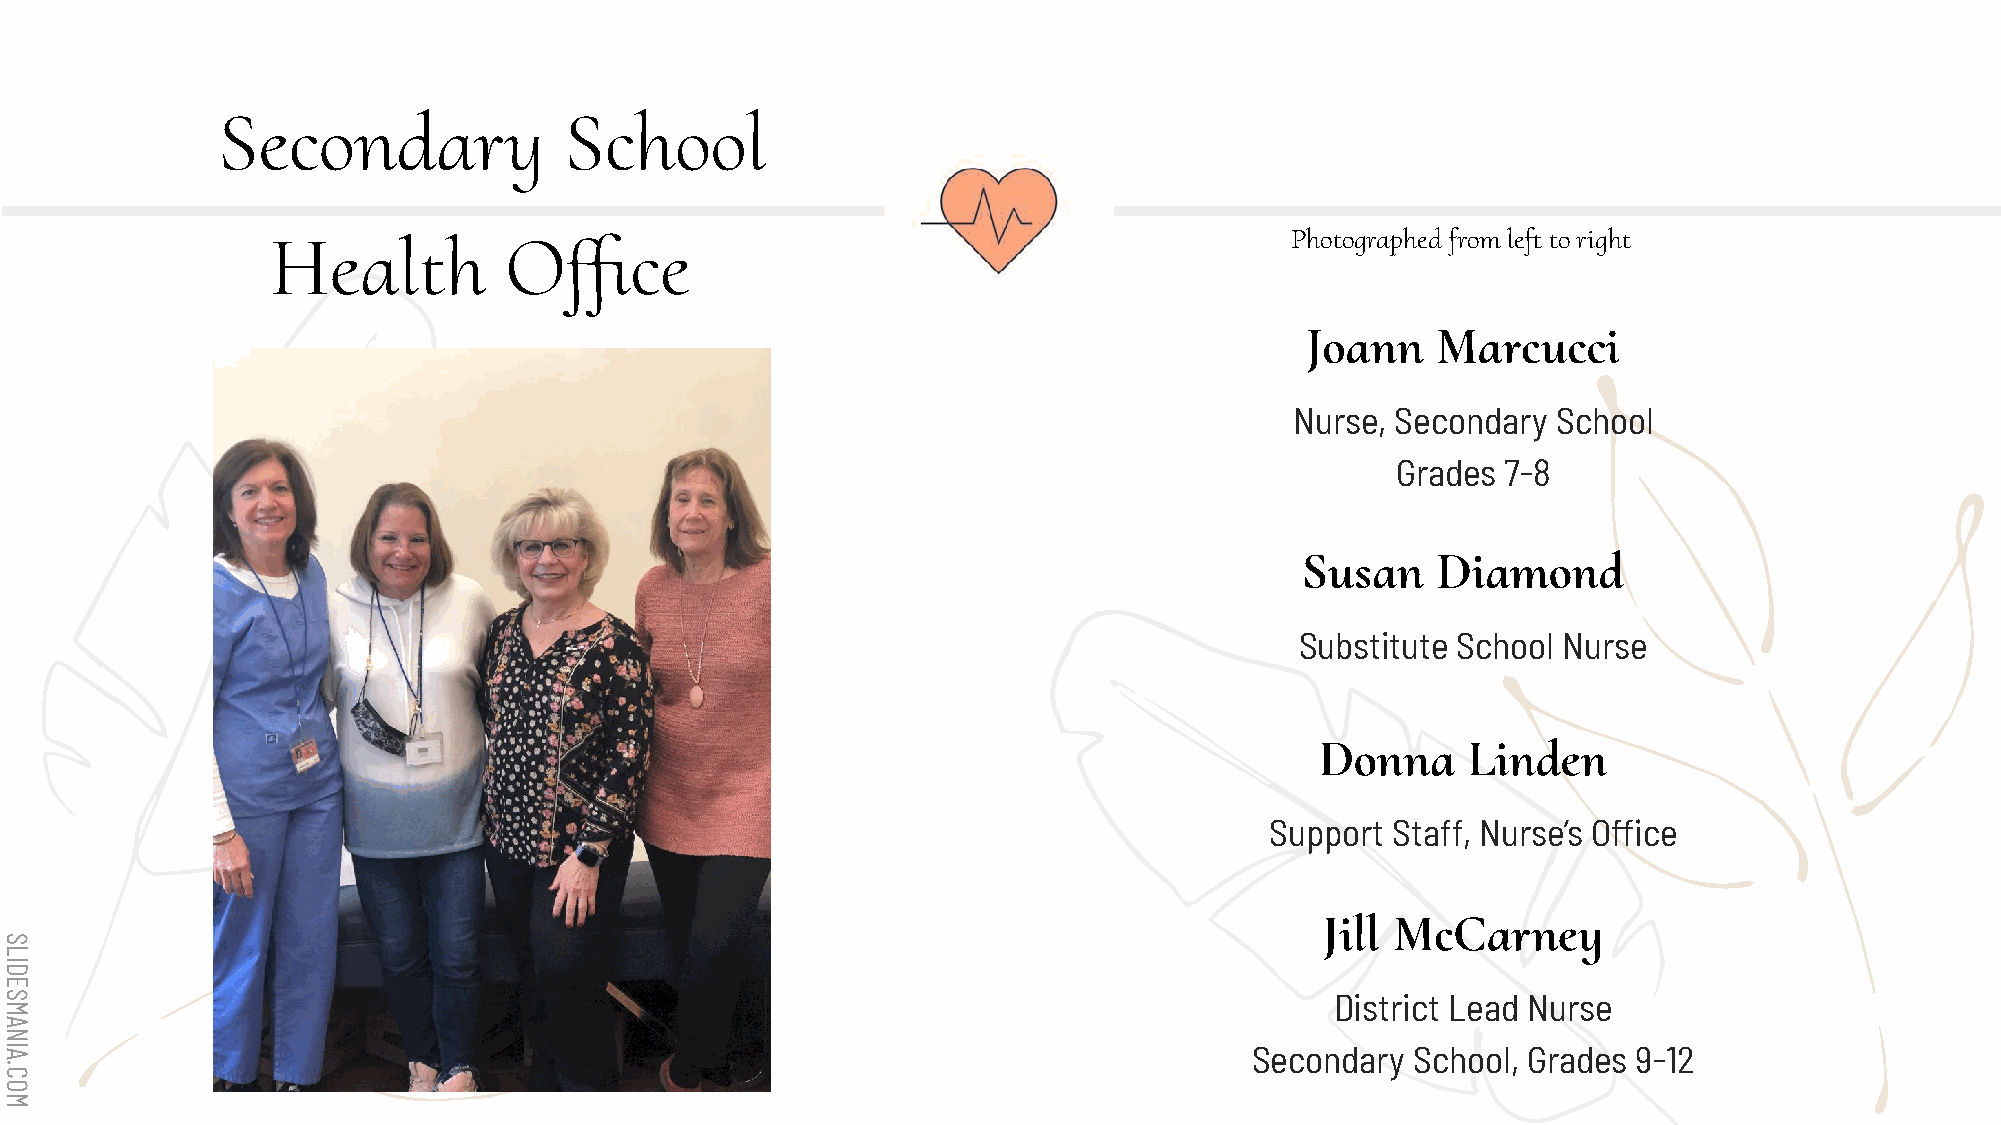
Secondary              School
 1
 Photographed from left to right
 Health         Office
 Joann    Marcucci
 Nurse, Secondary School
 Grades  7-8
 Susan    Diamond
 Substitute School Nurse
 Donna     Linden
 Support Staff, Nurse’s Office
 Jill McCarney
 District Lead Nurse
 Secondary  School, Grades 9-12
 SLIDESMANIA.COM